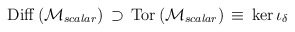
\begin{align*}{\rm Diff}\left ( {\cal M}_{scalar}\right ) \, \supset \,\mbox{Tor} \left ({\cal M}_{scalar} \right ) \, \equiv \,\mbox{ker} \, \iota_\delta\end{align*}